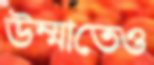
উম্মাতেও